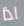
اذا